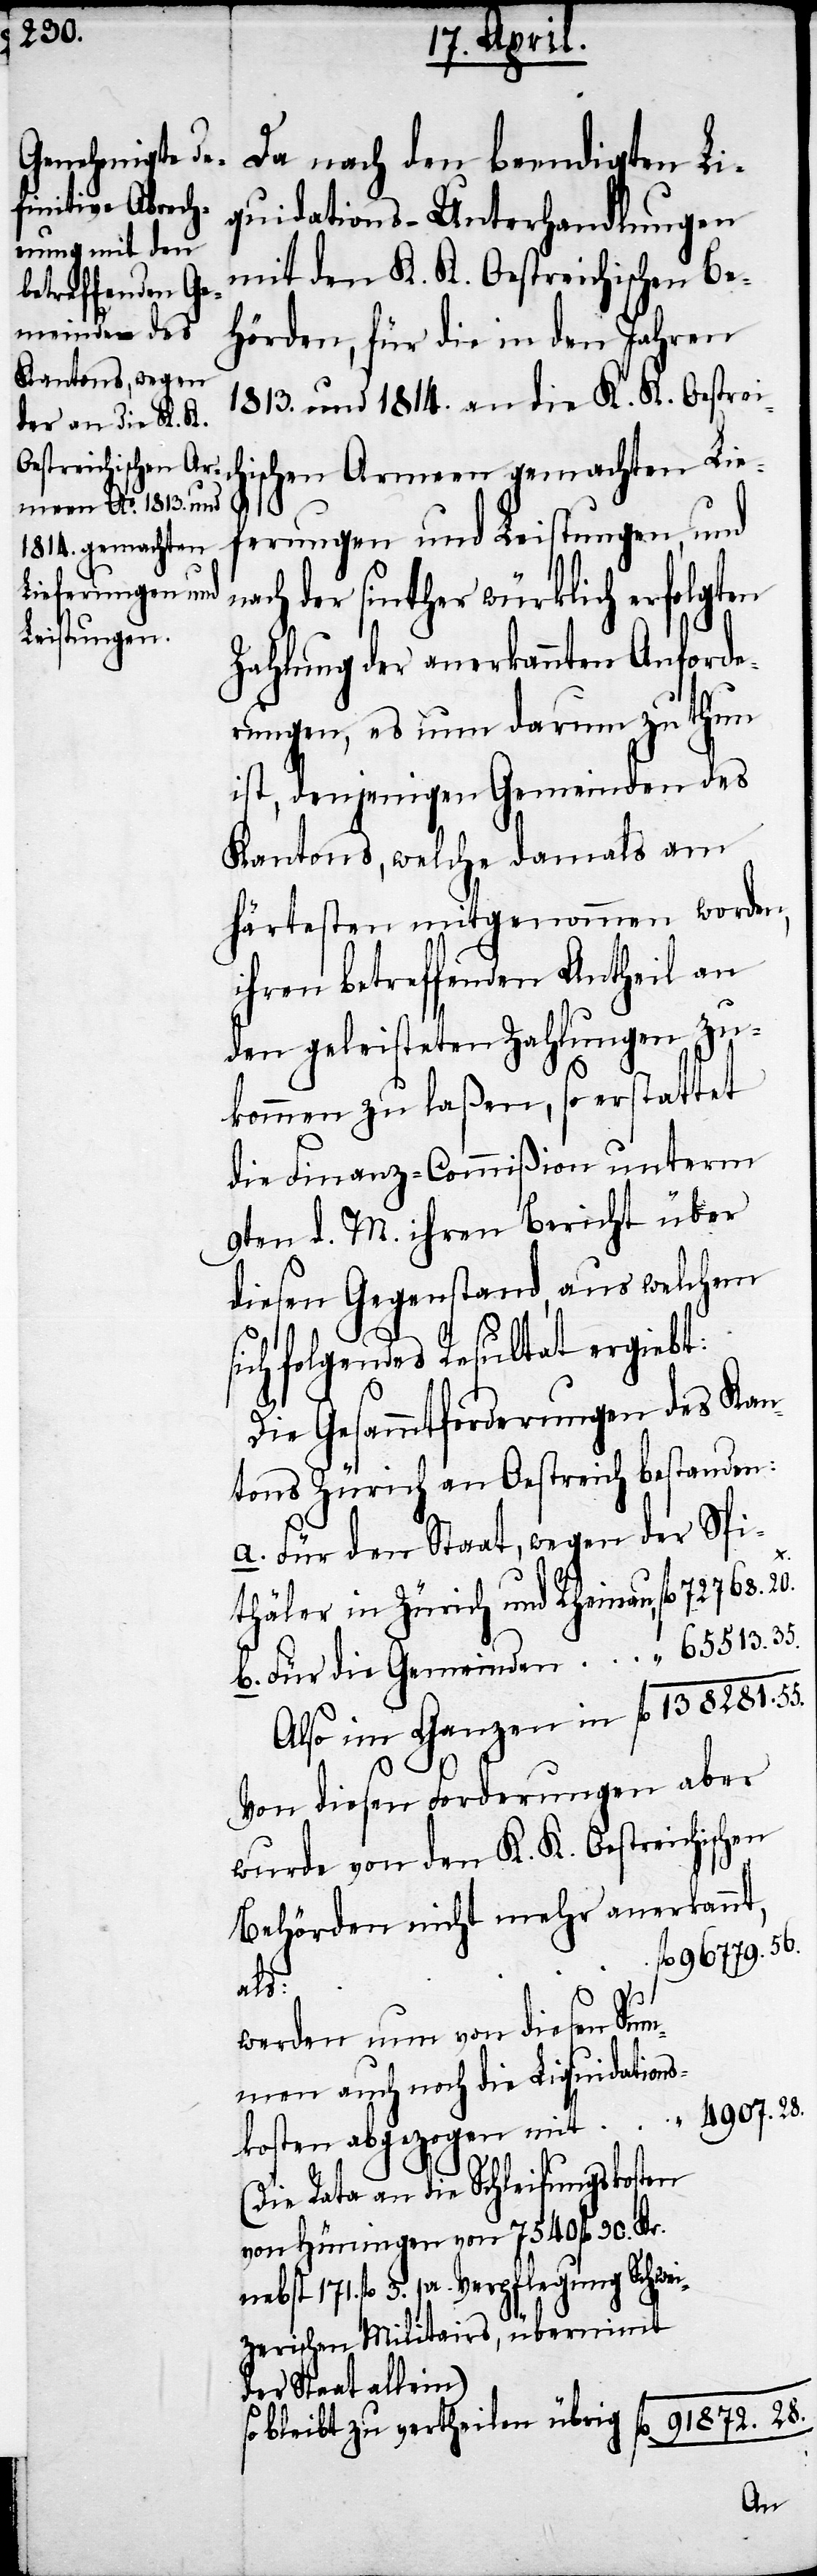
quidations-Unterhandlungen
mit den K. K. Oestreichischen Be¬
betreffendenden
hörden, für die in den Jahren
1813. und 1814. an die K. K. Oestreic¬
hischen Armeen gemachten Lie¬
ferungen und Leistungen, und
nach der sinther würklich erfolgten
Zahlung der anerkannten Anforde¬
rungen, es nun darum zu thun
ist, denjenigen Gemeinden des
Kantons, welche damals am
härtesten mitgenommen worden,
den geleitsteten Zahlungen zu¬
kommen zu laßen, so erstattet
die Finanz-Commißion unterm
9ten d. M. ihren Bericht über
diesen Gegenstand, aus welchem
ch folgendes Resultat ergiebt:
Die Gesammtforderungen des Kan¬
tons Zürich an Oestreich bestanden:
a. Für den Staat, wegen der Spi¬
thäler in Zürich und Rheinau
Von diesen Forderungen aber
wurde von den K. K. Oestreichischen
Behörden nicht mehr anerkannt,
fl. 96779.56.
als:
werden nun von diesen Sum¬
men auch noch die Liquidations¬
4907.28.
kosten abgezogen mit
(Die Rata an die Schleifungskosten
von Hüningen von 7540 fl. 90 kr.
nebst 171.fl 3. pr. Verpflegung Schwe¬
izerischen Militairs, übernimmt
der Staat allein)
fl. 91872.28.
so bleibt zu vertheilen übrig